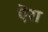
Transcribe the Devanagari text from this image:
ऎरा